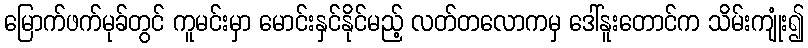
မြောက်ဖက်မုခ်တွင် ကူမင်းမှာ မောင်းနှင်နိုင်မည့် လတ်တလောကမှ ဒေါ်နူးတောင်က သိမ်းကျုံး၍